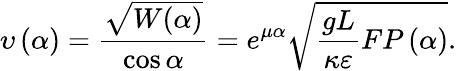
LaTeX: \upsilon\left(\alpha\right)=\frac{\sqrt{W(\alpha)}}{\cos\alpha}=e^{\mu\alpha}\sqrt{\frac{gL}{\kappa\varepsilon}FP\left(\alpha\right)}.